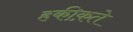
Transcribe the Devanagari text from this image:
हकी़क़ते